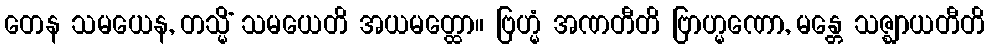
တေန သမယေန, တသ္မိံ သမယေတိ အယမတ္ထော။ ဗြဟ္မံ အဏတီတိ ဗြာဟ္မဏော, မန္တေ သဇ္ဈာယတီတိ